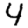
Digit: 4